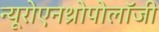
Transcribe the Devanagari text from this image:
न्यूरोएनथ्रोपोलॉजी